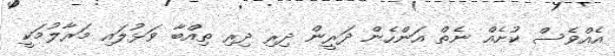
އެއްވެސް ކުށެއް ނެތް އަންހެން ދަރީން ދިރި ދިރި ތިއްބާ ވަޅުލައި މަރާލުމަކީ